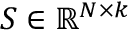
S \in \mathbb { R } ^ { N \times k }